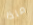
ماذا